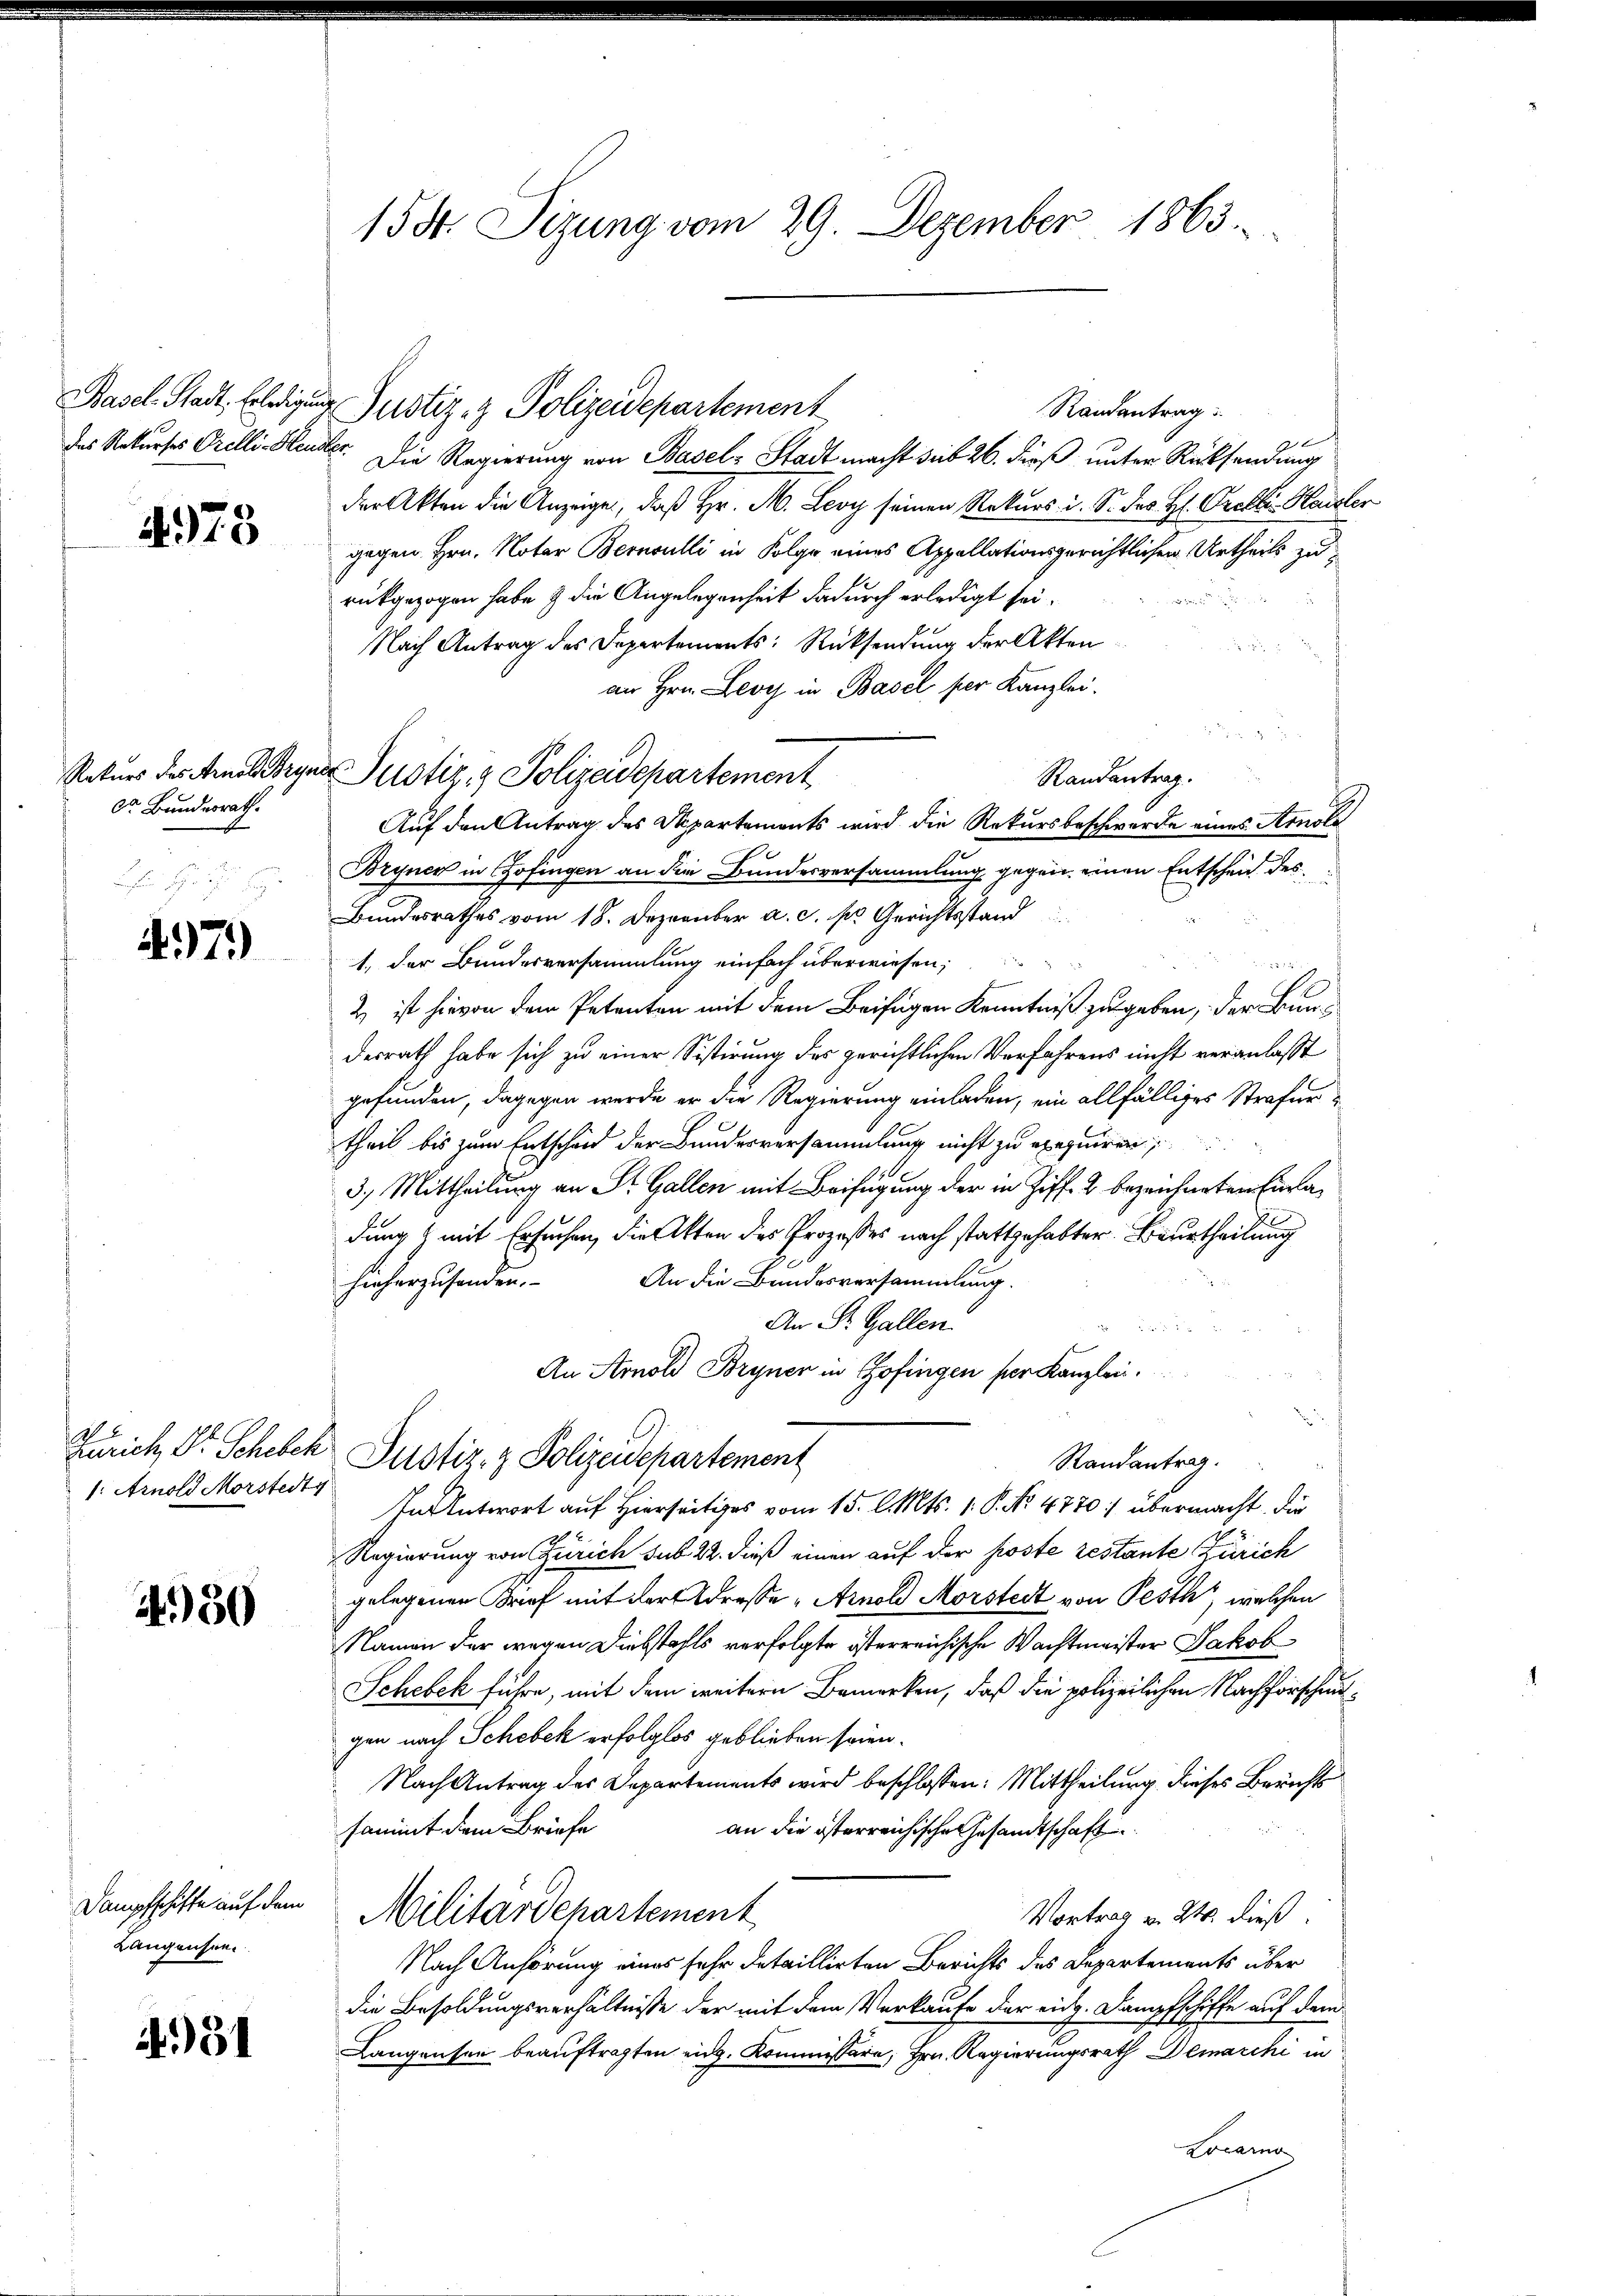
4973

Dr. Bundesrath.

497)

1: Arnold Morstert

4)50

Dampfschiffe auf dem
Langensee.

451

158. Sizung vom 29. Dezember 1863.

des Rekurses Orelli Heusler. Die Regierung von Basel-Stadt macht seit 26. dieß unter Rücksendung
der Akten die Anzeige, daß Hr. M. Leoy seinen Rekurs- u. S. des H. Orelli-Hausler
gegen Hrn. Notar Bernoulli in Folge eines Appellationsgerichtlichen Urtheils zurückgezogen habe & die Angelegenheit dadurch erledigt sei.

Nach Antrag des Departements: Rücksendung der Akten
an Hrn. Les in Basel per Kanzlei.
Randantrag.
Auf den Antrag des partements wird die Rekursbeschwerde eines Amole
Bryner in Gofingen an die Bundesversammlung gegen einen Entschein des
Bundesrathes vom 18. Dezember a. c. pr. Gerichtsstand
1., der Bundesversammlung einfach überwiesen;
2
2 ist hievon dem Petenten mit dem Beifügen Kenntniß zugeben, der Bundesrath habe sich zu einer Sistirung des gerichtlichen Verfahrens nicht veranlasst
gefunden, dagegen werde er die Regierung einladen, ein allfälliges Strafurtheil bis zum Entscheid der Bundesversammlung nicht zu exequiren
3.) Mittheilung an Sr. Gallen mit Beifügung der in Ziff. 2 bezeichneten Einladung mit Ersuchen, die Akten des Prozesses nach stattgehabter Beurtheilung
hieherzusenden. An die Bundesversammlung.
An St. Gallen.
e
An Arnold Bryner in Zofingen per Kanzlei.
Zürich Dr. Schech Justiz- & Polizeidepartement
Randantrag.
In Antwort auf Hierseits vom 15. l. Mts. 1. P. Nr. 4770 :/ übermacht die
Regierung von Zürich sub 22. dieß einen auf der Koste restante Zürich
gelegenen Brief mit der Adresse - Arnold Morstedt von Pesth, welchen
Namen der wegen Diebstahls verfolgte österreichische Wachtmeister Jakob
Schebek führe, mit dem weitern Bemerken, daß die polizeilichen Nachforschengen nach Schebek erfolglos geblieben seien.
Nach Antrag des Departements wird beschlossen: Mittheilung dieses Berichts
sammt dem Briefe
an die österreichische Gesandtschaft
Militärdepartement
Vortrag u. 24. dieß.
Nach Anhörung eines sehr detaillirten Berichts des Departements über
die Besoldungsverhältnisse der mit dem Verkaufe der eidg. Dampfschiffe auf dem
Langensen beauftragten eidg. Kommissäre, Hrn. Regierungsrath Demarchi in
Locarno

Basel Stadt, Erledigung Gustiz- & Polizeidepartement

Rekurs des Arnol Bryner Justiz- & Polizeidepartement

Randantrag